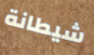
شيطانة